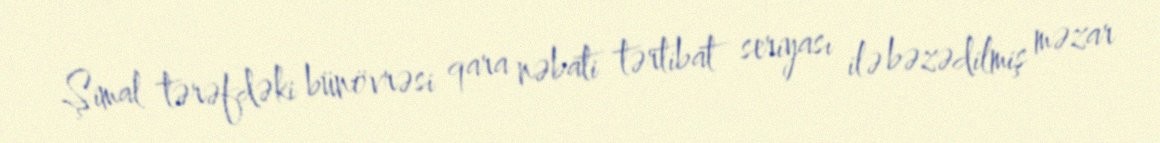
Şimal tərəfdəki bünövrəsi qara nəbati tərtibat seriyası ilə bəzədilmiş məzar